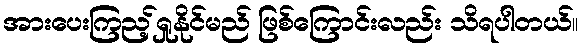
အားပေးကြည့်ရှုနိုင်မည် ဖြစ်ကြောင်းလည်း သိရပါတယ်။